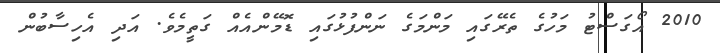
2010 އޯގަސްޓު މަހުގެ ތެރޭގައި މަންމަގެ ނަންފުޅުގައި ޑޮމޭންއެއް ގަތީމެވެ. އަދި އެހިސާބުން